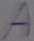
Text: A